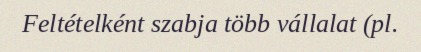
Feltételként szabja több vállalat (pl.